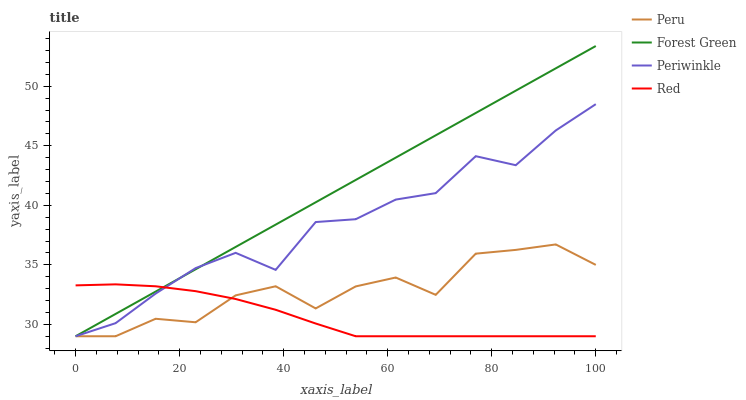
| xaxis_label | Peru | Forest Green | Periwinkle | Red |
 | --- | --- | --- | --- | --- |
 | 0 | 29 | 29 | 29 | 33.3 |
 | 7.69 | 29 | 30.9 | 30.1 | 33.4 |
 | 15.4 | 30.5 | 32.8 | 32.6 | 33.2 |
 | 23.1 | 30.2 | 34.6 | 34.7 | 32.8 |
 | 30.8 | 32.4 | 36.5 | 36 | 32.1 |
 | 38.5 | 33.2 | 38.4 | 34.6 | 31.2 |
 | 46.2 | 31.3 | 40.3 | 38.6 | 30.1 |
 | 53.8 | 33.2 | 42.1 | 38.8 | 29 |
 | 61.5 | 33.9 | 44 | 40.5 | 29 |
 | 69.2 | 32.5 | 45.9 | 41 | 29 |
 | 76.9 | 35.9 | 47.8 | 44.1 | 29 |
 | 84.6 | 36.3 | 49.6 | 43.4 | 29 |
 | 92.3 | 36.7 | 51.5 | 46.3 | 29 |
 | 100 | 35 | 53.4 | 48.5 | 29 |